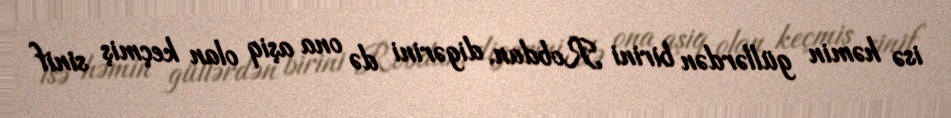
isə həmin güllərdən birini Robdan, digərini də ona aşiq olan keçmiş sinif